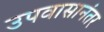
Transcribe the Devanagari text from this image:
उपवासानंतर